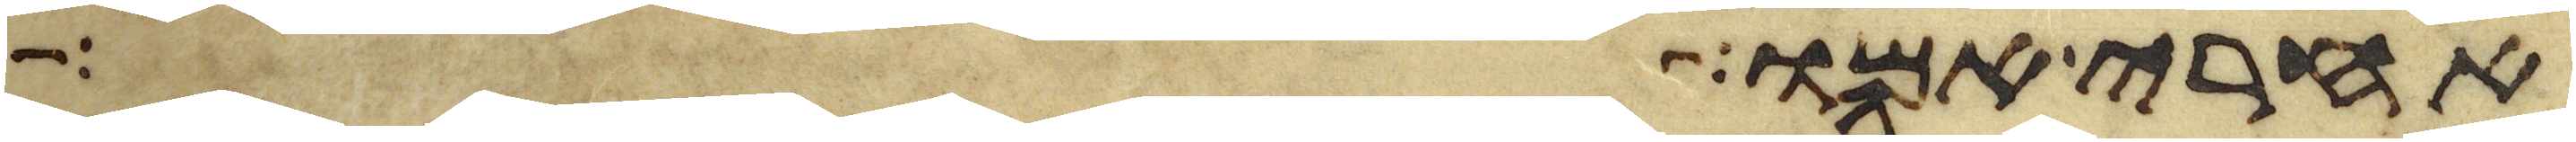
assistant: אחרי אמו